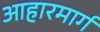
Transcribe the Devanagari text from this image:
आहारमार्ग